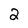
Character: 2